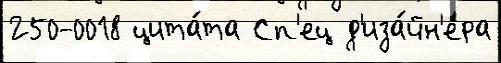
250-0018 цита́та Сп'ец д'иза́йн'ера